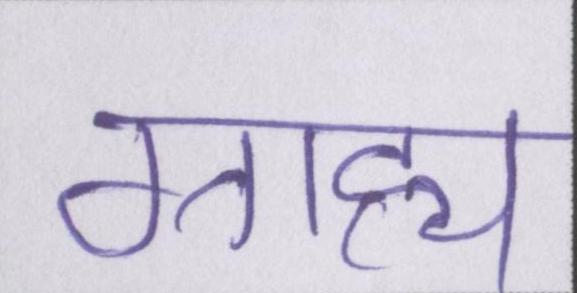
ग्राह्य